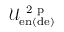
\mathcal { U } _ { \mathrm { e n ( d e ) } } ^ { \mathrm { ~ 2 ~ p ~ } }